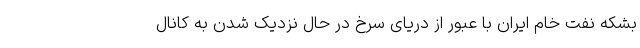
بشکه نفت خام ایران با عبور از دریای سرخ در حال نزدیک شدن به کانال